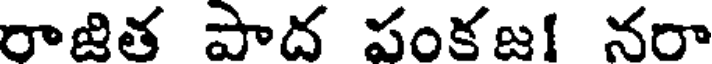
రాజిత పాద పంకజ! నరా